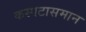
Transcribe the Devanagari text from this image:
कस्पटासमान